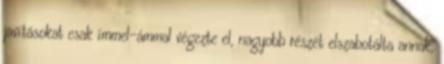
javításokat csak ímmel-ámmal végezte el, nagyobb részét elszabotálta annak,